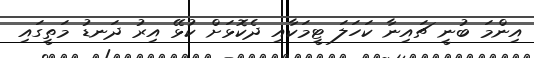
އިންމަ ބުނީ ޗައިނާ ކަހަލަ ޓީމަކާއި ދެކޮޅަށް ކުޅޭ އިރު ދަނޑު މަތީގައި